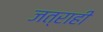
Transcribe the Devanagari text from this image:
जत्राही